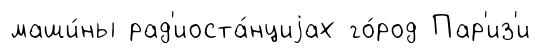
маши́ны рад'иоста́нциjах го́род Пар'из'и